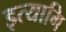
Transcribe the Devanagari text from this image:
इत्यागि